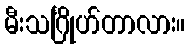
မီးသင်္ဂြိုဟ်တာလား။